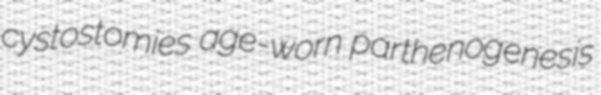
cystostomies age-worn parthenogenesis